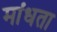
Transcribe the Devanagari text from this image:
मांधता